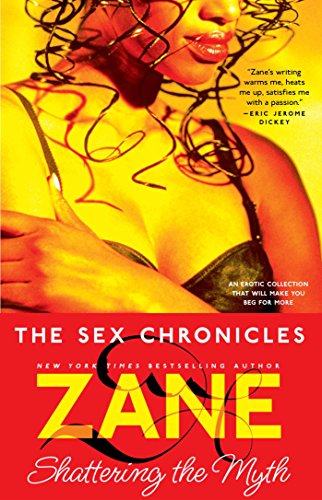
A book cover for The Sex Chronicles; Zane; Romance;